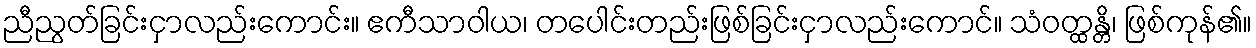
ညီညွတ်ခြင်းငှာလည်းကောင်း။ ဧကီသာဝါယ၊ တပေါင်းတည်းဖြစ်ခြင်းငှာလည်းကောင်။ သံဝတ္ထန္တိ၊ ဖြစ်ကုန်၏။